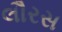
લૌરસ